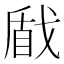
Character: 𢧕